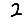
Digit: 2